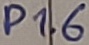
Text: P1.6